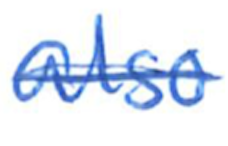
Text: also
Cross-out: single-line
Writing tool: ballpoint